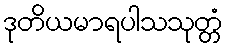
ဒုတိယမာရပါသသုတ္တံ